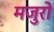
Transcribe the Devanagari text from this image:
मजुरो